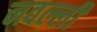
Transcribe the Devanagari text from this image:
नवल्ली